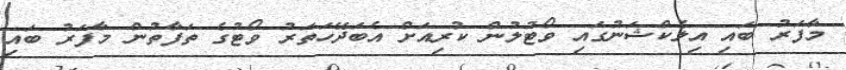
މާފަރު ބައި އިލެކްޝަނުގައި ވޯޓުލުން ކުރިއަށް އެބަދޭހަތަރު ވޯޓުގެ ތަފާތުން މާފަރު ބައި